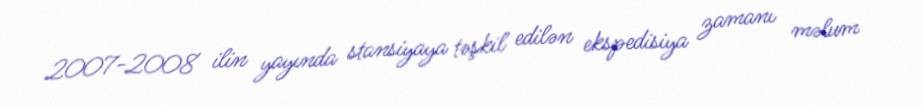
2007-2008 ilin yayında stansiyaya təşkil edilən ekspedisiya zamanı məlum